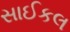
સાઈકલ